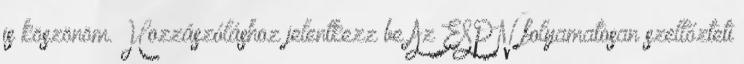
is köszönöm. Hozzászóláshoz jelentkezz be Az ESPN folyamatosan szellőzteti